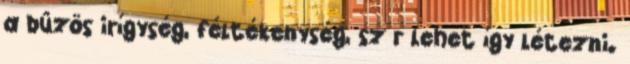
a bûzös irígység, féltékenység, sz r lehet így létezni.